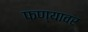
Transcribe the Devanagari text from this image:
फण्यावर